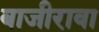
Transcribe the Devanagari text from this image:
बाजीरावा